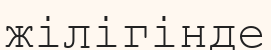
жілігінде